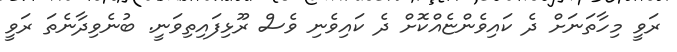
ރަވީ މިހާތަނަށް ދެ ކައިވެންޏެއްކޮށް ދެ ކައިވެނި ވެސް ރޫޅިފައިތިވަނީ. ބުނެވިދާނެތަ ރަވީ